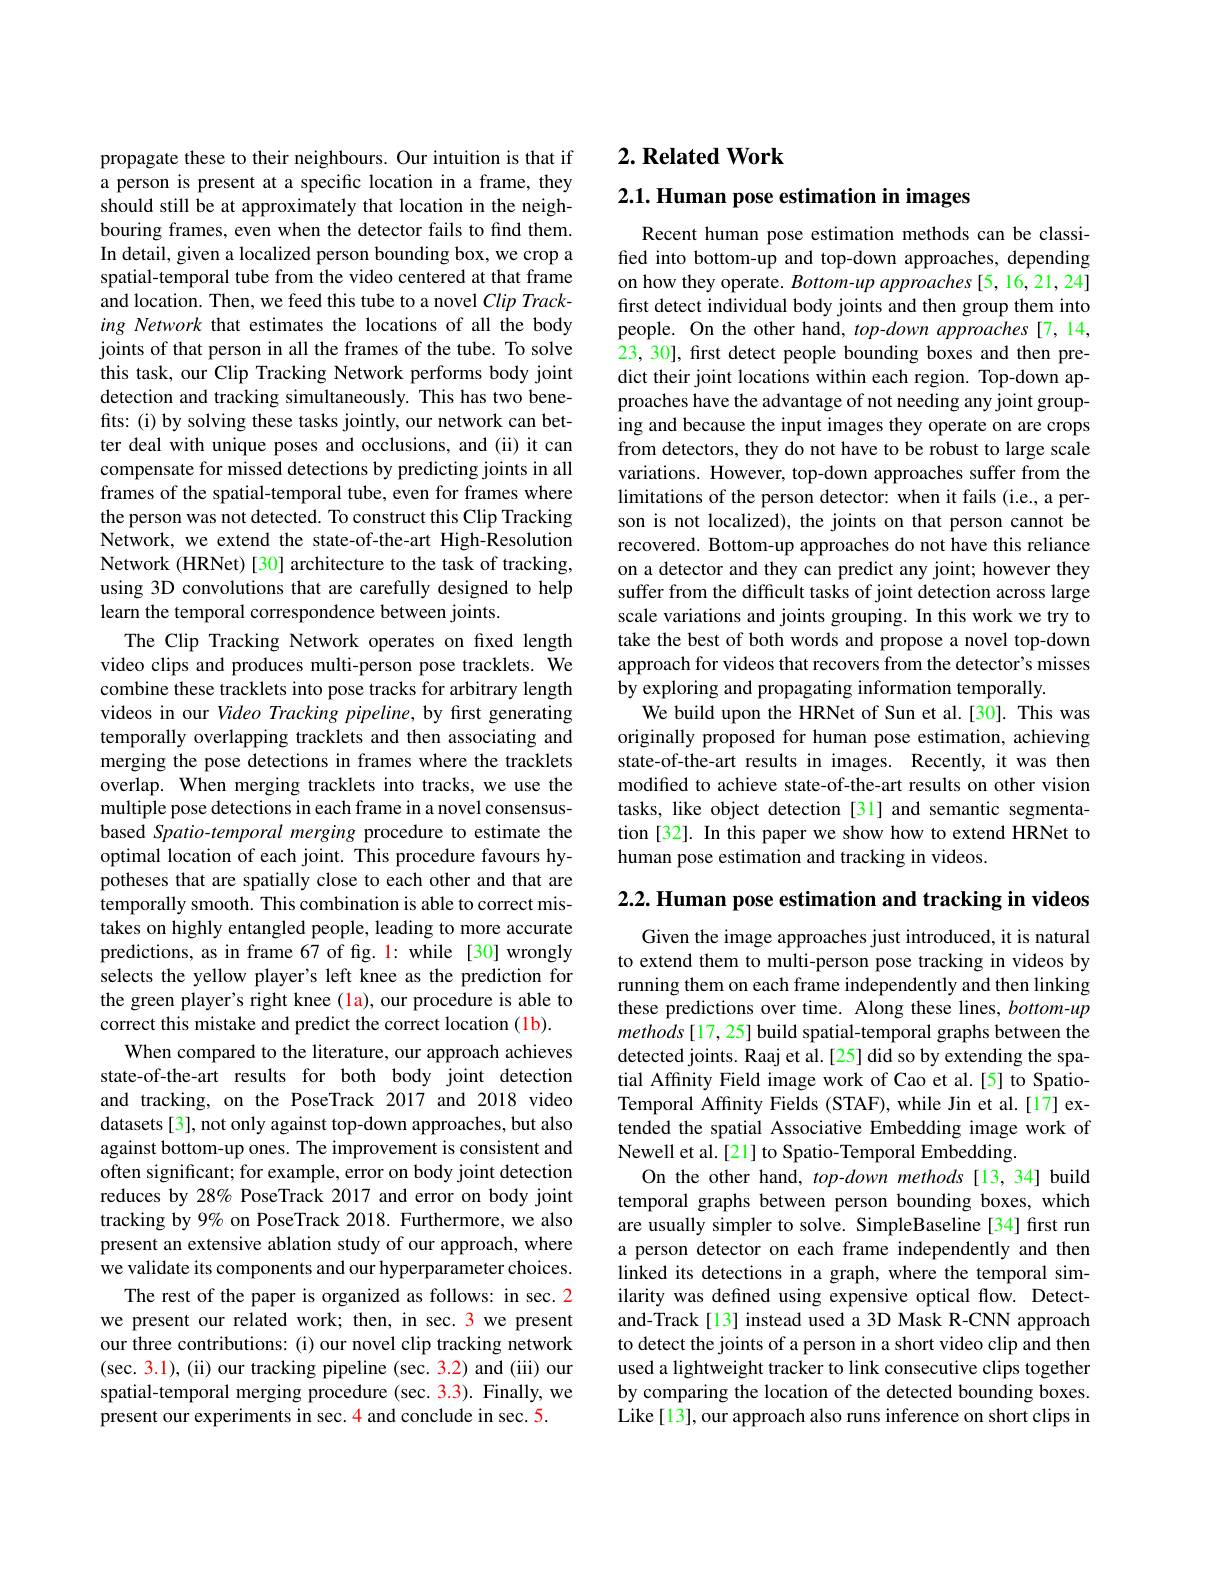
propagate these to their neighbours. Our intuition is that if a person is present at a specific location in a frame, they should still be at approximately that location in the neighbouring frames, even when the detector fails to find them. In detail, given a localized person bounding box, we crop a spatial-temporal tube from the video centered at that frame and location. Then, we feed this tube to a novel Clip Tracking Network that estimates the locations of all the body joints of that person in all the frames of the tube. To solve this task, our Clip Tracking Network performs body joint detection and tracking simultaneously. This has two benefits: (i) by solving these tasks jointly, our network can better deal with unique poses and occlusions, and (ii) it can compensate for missed detections by predicting joints in all frames of the spatial-temporal tube, even for frames where the person was not detected. To construct this Clip Tracking Network, we extend the state-of-the-art High-Resolution Network (HRNet) [30] architecture to the task of tracking, using 3D convolutions that are carefully designed to help learn the temporal correspondence between joints.
The Clip Tracking Network operates on fxed length video clips and produces multi-person pose tracklets. We combine these tracklets into pose tracks for arbitrary length videos in our Video Tracking pipeline, by first generating temporally overlapping tracklets and then associating and merging the pose detections in frames where the tracklets overlap. When merging tracklets into tracks, we use the multiple pose detections in each frame in a novel consensusbased Spatio-temporal merging procedure to estimate the optimal location of each joint. This procedure favours hypotheses that are spatially close to each other and that are temporally smooth. This combination is able to correct mistakes on highly entangled people, leading to more accurate predictions, as in frame 67 of fig. 1: while [30] wrongly selects the yellow player's left knee as the prediction for the green player's right knee (1a), our procedure is able to correct this mistake and predict the correct location (1b).
When compared to the literature, our approach achieves state-of-the-art results for both body joint detection and tracking, on the PoseTrack 2017 and 2018 video datasets[3], not only against top-down approaches, but also against bottom-up ones. The improvement is consistent and often significant; for example, error on body joint detection reduces by 28% PoseTrack 2017 and error on body joint tracking by 9% on PoseTrack 2018. Furthermore, we also present an extensive ablation study of our approach, where we validate its components and our hyperparameter choices.
The rest of the paper is organized as follows: in sec. 2 we present our related work; then, in sec. 3 we present our three contributions: (i) our novel clip tracking network (sec. 3.1), (ii) our tracking pipeline (sec. 3.2) and (iii) our spatial-temporal merging procedure (sec. 3.3). Finally, we present our experiments in sec. 4 and conclude in sec. 5.

# 2. Related Work

2.1. Human pose estimation in images
Recent human pose estimation methods can be classifed into bottom-up and top-down approaches, depending on how they operate. Bottom-up approaches [5, 16,21,24] first detect individual body joints and then group them into people. On the other hand, top-down approaches [7,14, 23, 30], first detect people bounding boxes and then predict their joint locations within each region. Top-down approaches have the advantage of not needing any joint grouping and because the input images they operate on are crops from detectors, they do not have to be robust to large scale variations. However, top-down approaches suffer from the limitations of the person detector: when it fails (i.e., a person is not localized), the joints on that person cannot be recovered. Bottom-up approaches do not have this reliance on a detector and they can predict any joint; however they suffer from the difficult tasks of joint detection across large scale variations and joints grouping. In this work we try to take the best of both words and propose a novel top-down approach for videos that recovers from the detector's misses by exploring and propagating information temporally.
We build upon the HRNet of Sun et al.[30]. This was originally proposed for human pose estimation, achieving state-of-the-art results in images. Recently, it was then modifed to achieve state-of-the-art results on other vision tasks, like object detection [31] and semantic segmentation [32]. In this paper we show how to extend HRNet to human pose estimation and tracking in videos.

2.2. Human pose estimation and tracking in videos

Given the image approaches just introduced, it is natural to extend them to multi-person pose tracking in videos by running them on each frame independently and then linking these predictions over time. Along these lines, bottom-up methods[17,25] build spatial-temporal graphs between the detected joints. Raaj et al.[25] did so by extending the spatial Affinity Field image work of Cao et al.[5] to SpatioTemporal Affinity Fields (STAF), while Jin et al.[17] extended the spatial Associative Embedding image work of Newell et al.[21] to Spatio-Temporal Embedding.
On the other hand, top-down methods[13,34] build temporal graphs between person bounding boxes, which are usually simpler to solve. SimpleBaseline[34] first run a person detector on each frame independently and then linked its detections in a graph, where the temporal similarity was defined using expensive optical flow. Detectand-Track[13] instead used a 3D Mask R-CNN approach to detect the joints of a person in a short video clip and then used a lightweight tracker to link consecutive clips together by comparing the location of the detected bounding boxes. Like[13], our approach also runs inference on short clips in